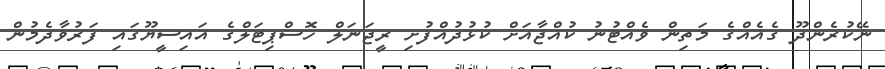
ނޭކުރެންދޫ ގެއެއްގެ މަތިން ވެއްޓުނު ކުއްޖާއަށް ކުޅުދުއްފުށި ރީޖަނަލް ހޮސްޕިޓަލްގެ އައިސީޔޫގައި ފަރުވާދެމުން